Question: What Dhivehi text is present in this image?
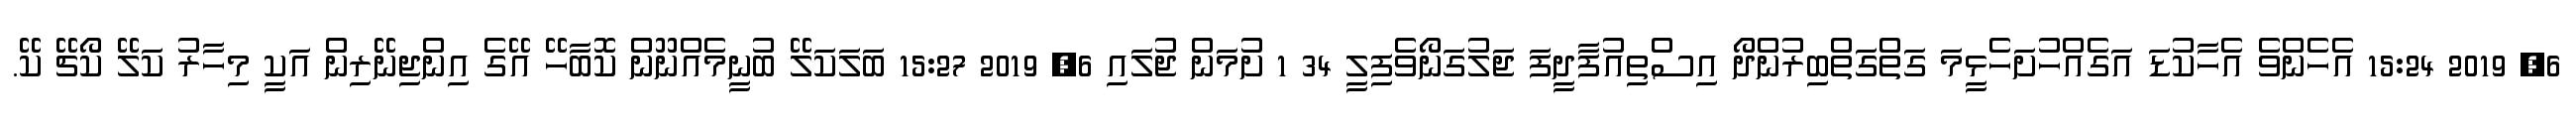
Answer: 6, 2019 15:24 އެހެންވެ އެހާކުޑަ އަގެއްހުށަހެޅީމަ ގަތްގަތްބިރުންދޯ އިސްތިއުފާދީފަ ޖަލުގަނޯވެފިލީ 34 1 ށުމަން ޖުލައި 6, 2019 15:27 ބަލަކަލޭ ބުނީމެއްނޫން ކޮބާހޭ އޭގެ އިންޖިނޭރިން އަކީ މިހާރު ކަލޭ ކޯޗޭ ކޭ.